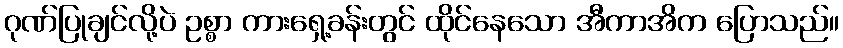
ဂုဏ်ပြုချင်လို့ပဲ ဥစ္စာ ကားရှေ့ခန်းတွင် ထိုင်နေသော အီကာအိက ပြောသည်။